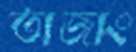
তাজাং